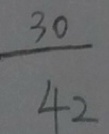
\frac { 3 0 } { 4 2 }